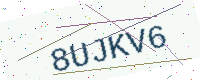
Text: 8UJKV6